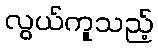
လွယ်ကူသည့်